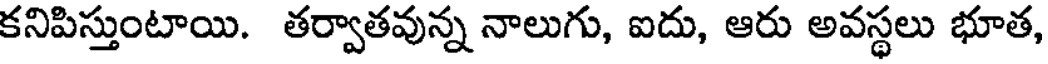
కనిపిస్తుంటాయి. తర్వాతవున్న నాలుగు, ఐదు, ఆరు అవస్థలు భూత,